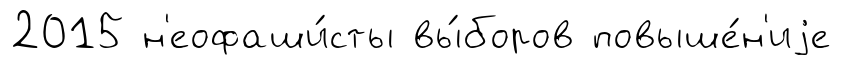
2015 н'еофаши́сты вы́боров повыше́н'иjе